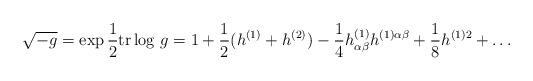
LaTeX: \begin{align*}\sqrt{-g}=\exp{1\over 2}{\rm tr}\log\,g=1+{1\over 2}(h^{(1)}+h^{(2)})-{1\over4}h^{(1)}_{\alpha\beta}h^{(1)\alpha\beta}+{1\over 8}h^{(1)2}+\ldots\end{align*}